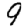
Digit: 9